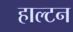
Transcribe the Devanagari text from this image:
हाल्टन